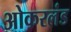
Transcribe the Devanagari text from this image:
ओकरलंड